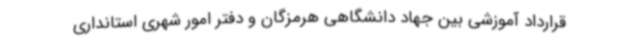
قرارداد آموزشی بین جهاد دانشگاهی هرمزگان و دفتر امور شهری استانداری